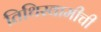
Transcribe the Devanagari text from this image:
तिथिस्वामीची